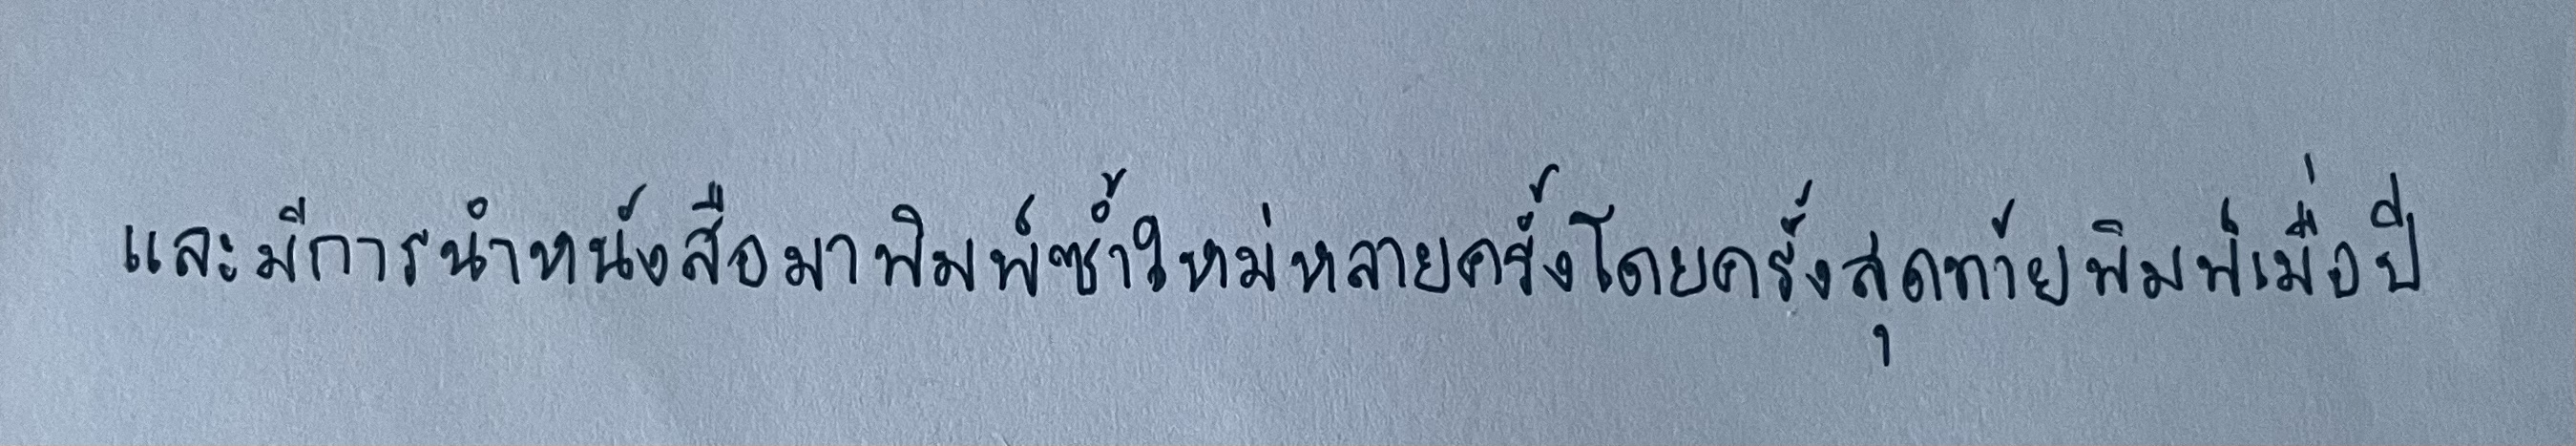
และมีการนำหนังสือมาพิมพ์ซ้ำใหม่หลายครั้งโดยครั้งสุดท้ายพิมพ์เมื่อปี